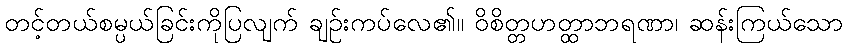
တင့်တယ်စမ္ပယ်ခြင်းကိုပြလျက် ချဉ်းကပ်လေ၏။ ဝိစိတ္တဟတ္ထာဘရဏာ၊ ဆန်းကြယ်သော